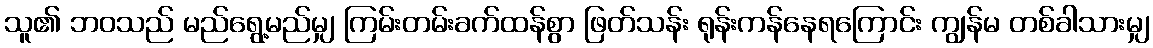
သူ၏ ဘဝသည် မည်ရွေ့မည်မျှ ကြမ်းတမ်းခက်ထန်စွာ ဖြတ်သန်း ရုန်းကန်နေရကြောင်း ကျွန်မ တစ်ခါသားမျှ